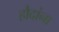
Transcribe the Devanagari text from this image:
हौदांना